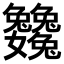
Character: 𡤺